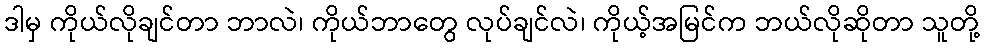
ဒါမှ ကိုယ်လိုချင်တာ ဘာလဲ၊ ကိုယ်ဘာတွေ လုပ်ချင်လဲ၊ ကိုယ့်အမြင်က ဘယ်လိုဆိုတာ သူတို့